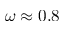
\omega \approx 0 . 8